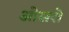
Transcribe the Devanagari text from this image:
ओसरो